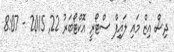
ދިސް އިޒް މައި ލައިފް ސްޓޯރީ އޮކްޓޯބަރު 22